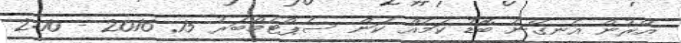
އޭރުން އެނގޭނެ ބޮޑު ކަމެއް ކަން ސެޕްޓެމްބަރު 15